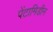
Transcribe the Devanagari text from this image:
पेंटामिडीन